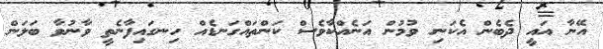
އޭނާ އައީ ދެބެން އެކަނި ވުމުން އަނެއްކާވެސް ކަންތައްގަނޑެއް ހިނގައިފާނެތީ ވާނުވާ ބަލަން